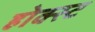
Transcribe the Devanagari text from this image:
होक्स्ट